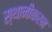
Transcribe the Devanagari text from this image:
स्थानीकरन